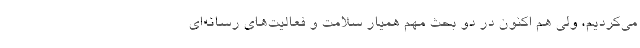
می‌کردیم، ولی هم اکنون در دو بحث مهم همیار سلامت و فعالیت‌های رسانه‌ای